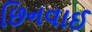
છિનવાઈ